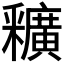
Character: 𨤡